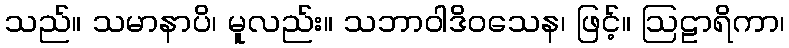
သည်။ သမာနာပိ၊ မူလည်း။ သဘာဝါဒိဝသေန၊ ဖြင့်။ ဩဠာရိကာ၊